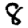
Digit: 8